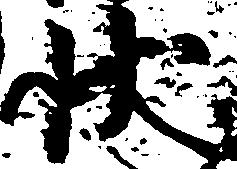
状